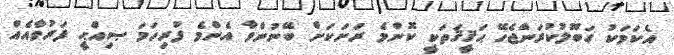
އެކަމަކު ގަބޫލުކުރަންޖެހޭ ޙަޤީޤަތަކީ ކޮންމެ ރަށަކަށް ބޭނުންވާ އެންމެ ފުރިހަމަ ޞިއްޙީ ފަރުވާއެއް